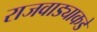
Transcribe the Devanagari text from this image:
राजवाड्याकडे